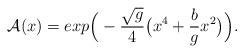
LaTeX: \begin{align*}{\cal A}(x) = exp\Big( -{{\sqrt{g}}\over 4}\big(x^4 +{b\over g} x^2\big)\Big).\end{align*}